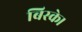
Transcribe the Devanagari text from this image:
बिस्के।